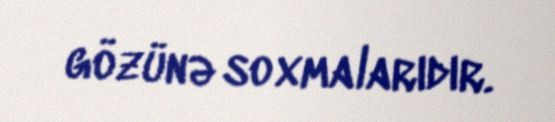
gözünə soxmalarıdır.